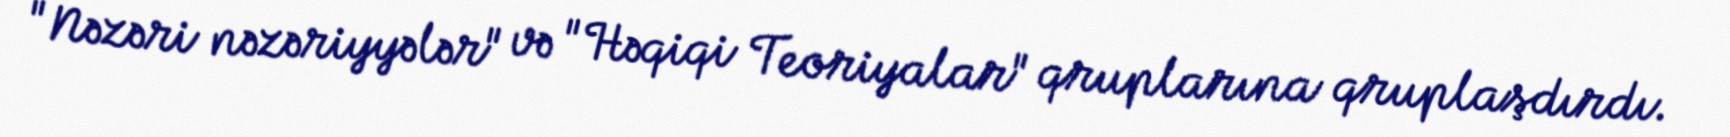
"Nəzəri nəzəriyyələr" və "Həqiqi Teoriyalar" qruplarına qruplaşdırdı.